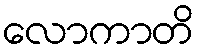
လောကာတိ